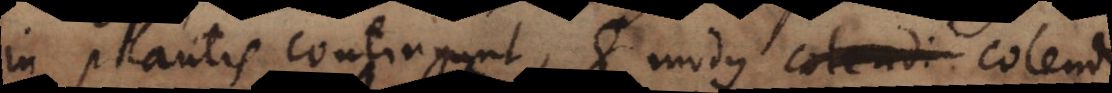
in plantis confingunt, et modus colendi.